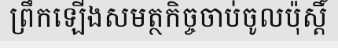
ព្រឹកឡើងសមត្ថកិច្ចចាប់ចូលប៉ុស្តិ៍